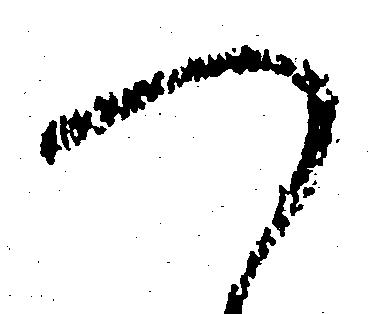
つ